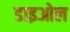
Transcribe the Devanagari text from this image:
डाइओल